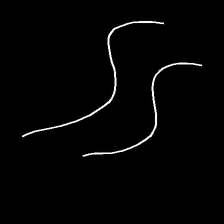
Glyph: float